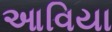
આવિયા